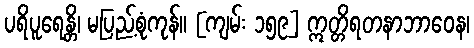
ပရိပူရေန္တိ၊ မပြည့်စုံကုန်။ [ကျမ်း ၁၅၉] ဣတ္တိရတနာဘာဝေန၊